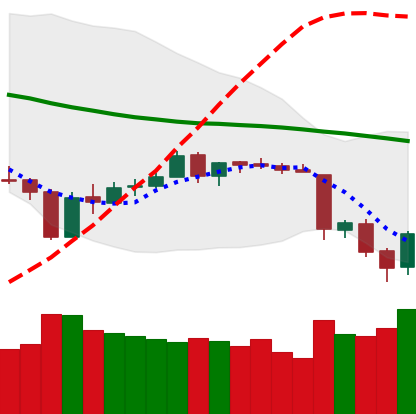
Ticker: ETH-USD
Chart end date: 2018-06-14
Forward return: 3.505%
Label: up_3_5